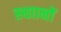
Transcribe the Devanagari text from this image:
स्थाानों